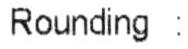
ROUNDING :